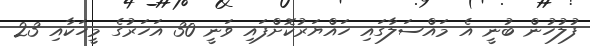
ފުލުހުން ބުނީ އެ މައްސަލާގައި ހައްޔަރުކޮށްފައި ވަނީ 30 އަހަރުގެ މީހަކާއި 23